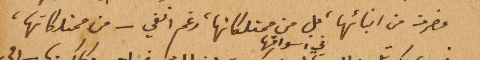
فصرت من ابنائها، بل من ممتلكاتها، رغم انفي – من ممتلكاتها،